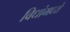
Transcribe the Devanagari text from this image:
विधांमध्ये